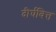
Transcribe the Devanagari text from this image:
दीर्घवित्त